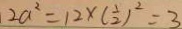
2 a ^ { 2 } = 1 2 \times ( \frac { 1 } { 2 } ) ^ { 2 } = 3